Leningradi_Edasi_toimetus, lk 9
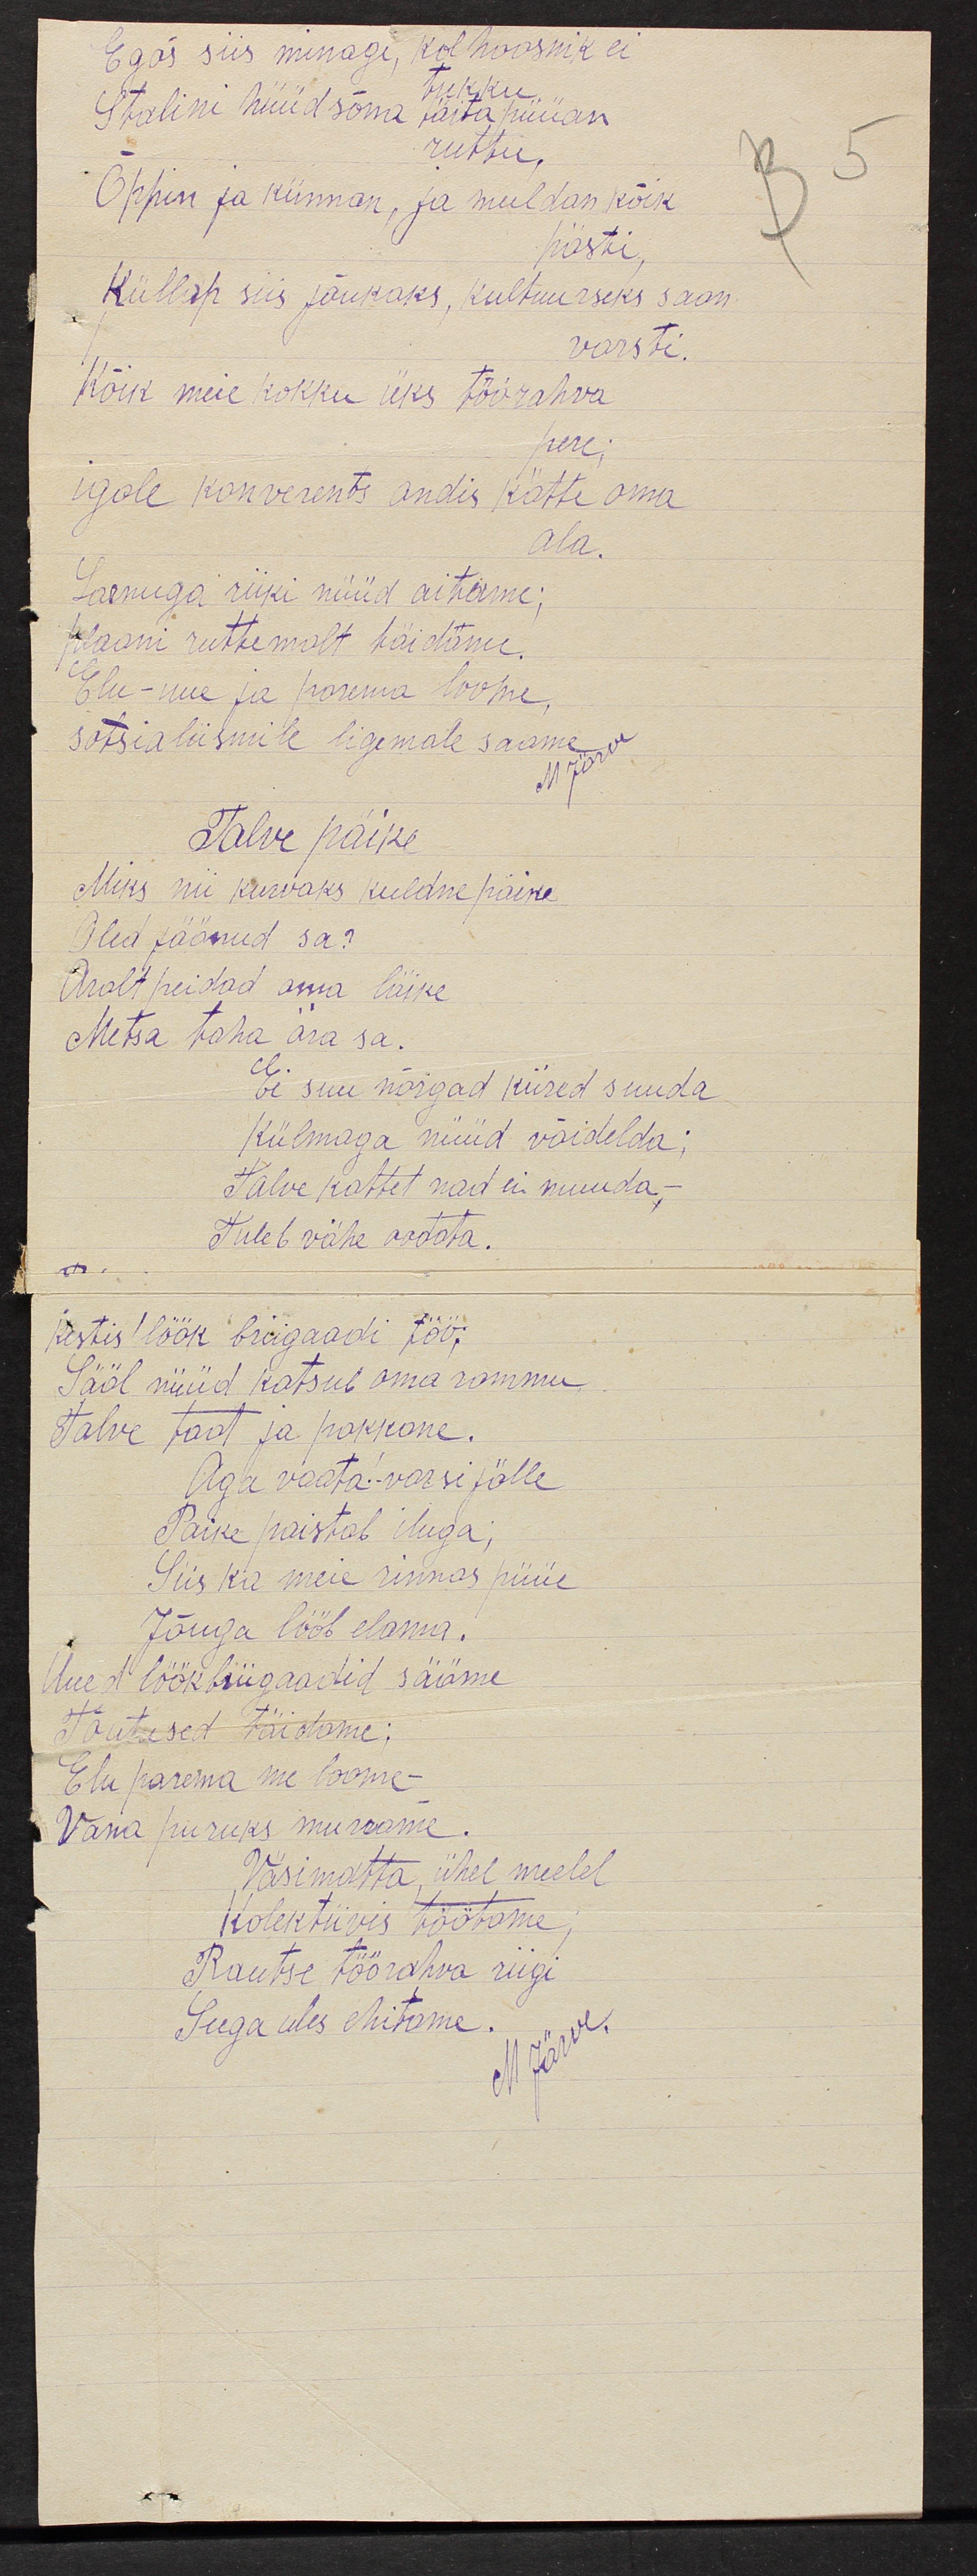
Egas siis minagi, kolhoosnik ei
tukku
Stalini hüüdsõna täita püüan
ruttu.
Õppin ja künnan, ja muldan kõik
hästi,
Küllap siis jõukaks, kultuurseks saan
varsti.
Kõik meie kokku üks töörahva
pere;
igale konverents andis kätte oma
ala.
Laenuga riiki nüüd aitame;
plaani ruttemalt täidame
Elu - uue ja parema loome,
sotsialiismile ligemale saame.
Talve päike
Miks nii kurwaks kuldne päike
Olid jäänud sa?
Aralt peidad oma läike
Metsa taha ära sa.
Ei suu nõrgad kiired suuda
külmaga nüüd võidelda;
Talve kattet nad ei muuda,
Tuleb vähe oodata
kestis löök brigaadi töö.
Sääl nüüd katsub oma rammu.
Talve taat ja pakkane.
Aga vaata varsti jälle
Paike paistab iluga;
Siis ka meie rinnas püüe
Jõuga lööb elama
Uued löökbrigaadid sääme
Tõutused täidame;
Elu parema me loome-
Vana puruks murrame.
Väsimatta, ühel meelel
kolektiivis töötame
Rautse töörahva riigi
Seega ules ehitame.